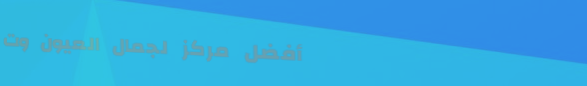
أفضل مركز لجمال العيون وت